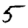
Digit: 5